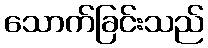
သောက်ခြင်းသည်